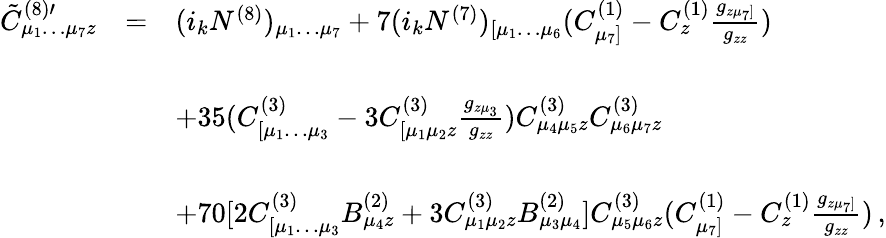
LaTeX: \begin{array}{rcl}{{{\tilde{C}}_{\mu_{1}\dots\mu_{7}z}^{(8)\prime}}}&{{=}}&{{(i_{k}N^{(8)})_{\mu_{1}\dots\mu_{7}}+7(i_{k}N^{(7)})_{[\mu_{1}\dots\mu_{6}}(C_{\mu_{7}]}^{(1)}-C_{z}^{(1)}\frac{g_{z\mu_{7}]}}{g_{zz}})}}\\ {{}}&{{}}&{{}}\\ {{}}&{{}}&{{+35(C_{[\mu_{1}\dots\mu_{3}}^{(3)}-3C_{[\mu_{1}\mu_{2}z}^{(3)}\frac{g_{z\mu_{3}}}{g_{zz}})C_{\mu_{4}\mu_{5}z}^{(3)}C_{\mu_{6}\mu_{7}z}^{(3)}}}\\ {{}}&{{}}&{{}}\\ {{}}&{{}}&{{+70[2C_{[\mu_{1}\dots\mu_{3}}^{(3)}B_{\mu_{4}z}^{(2)}+3C_{\mu_{1}\mu_{2}z}^{(3)}B_{\mu_{3}\mu_{4}}^{(2)}]C_{\mu_{5}\mu_{6}z}^{(3)}(C_{\mu_{7}]}^{(1)}-C_{z}^{(1)}\frac{g_{z\mu_{7}]}}{g_{zz}})\, ,}}\end{array}